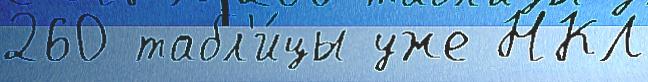
260 табл'и́цы уже НКЛ